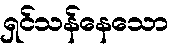
ရှင်သန်နေသော